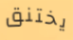
يختنق